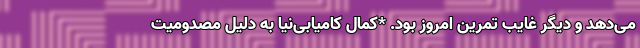
می‌دهد و دیگر غایب تمرین امروز بود. *کمال کامیابی‌نیا به دلیل مصدومیت